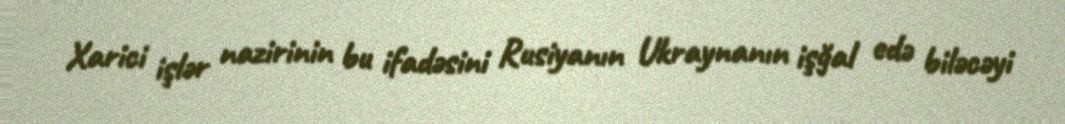
Xarici işlər nazirinin bu ifadəsini Rusiyanın Ukraynanın işğal edə biləcəyi